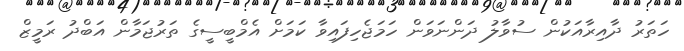
ހަތަރު ދާއިރާއަކުން ސުވާލު ދަންނަވަން ހަމަޖެހިފައިވާ ކަމަށް އެމްބީސީގެ ތަރުޖަމާން އަބްދު ރަމީޒް